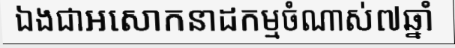
ឯងជាអសោកនាដកម្មចំណាស់៧ឆ្នាំ